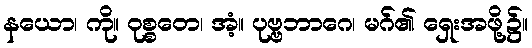
နယော၊ ကို။ ဝုစ္စတေ၊ အံ့။ ပုဗ္ဗဘာဂေ၊ မဂ်၏ ရှေးအဖို့၌။